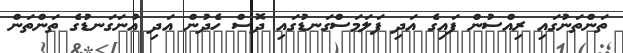
ތަންތަނުގައި ރިއްސުން ފައިގެ އަދި ފަލަމަސްގަނޑުގަައި ދޮސް ހެދުން އަދި އުނަގަނޑުގެ ތަންތަން